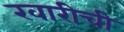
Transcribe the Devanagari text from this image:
खारीची